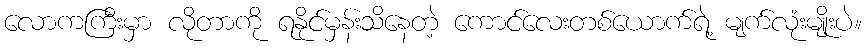
လောကကြီးမှာ လိုတာကို ရနိုင်မှန်းသိနေတဲ့ ကောင်လေးတစ်ယောက်ရဲ့ မျက်လုံးမျိုးပဲ။